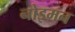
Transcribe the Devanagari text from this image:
नोइमन